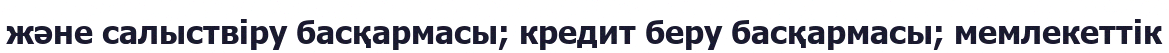
және салыствіру басқармасы; кредит беру басқармасы; мемлекеттік